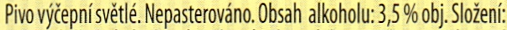
Pivo vycepni svetle. Nepasterovano. Obsah alkoholu: 3,5%obj. SIozeni: